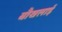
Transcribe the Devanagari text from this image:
बौखलाई